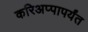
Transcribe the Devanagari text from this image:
करिअप्पापर्यंत